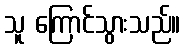
သူ ကြောင်သွားသည်။